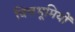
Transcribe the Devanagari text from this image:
चित्तभूमियों